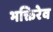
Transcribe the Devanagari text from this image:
भक्तिरेव